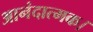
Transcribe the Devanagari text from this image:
आनंदात्मक।